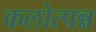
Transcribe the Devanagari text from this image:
कलोत्पन्न